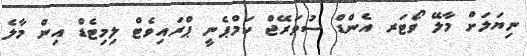
ނިޔަލަށް މާލޭ ވޯޓަރ އެންޑް ސުވަރޭޖް ކަމްޕެނީ ޕްރައިވެޓް ލިމިޓެޑް އިން މާލެ